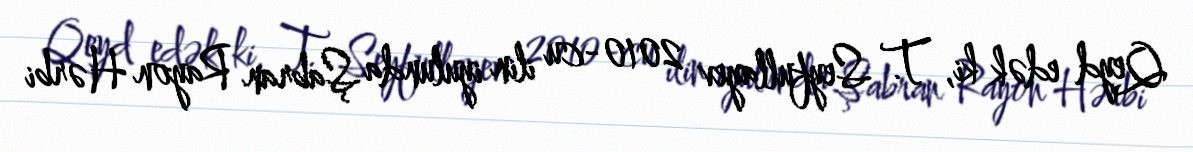
Qeyd edək ki, T. Seyfullayev 2010-cu ilin iyulunda Şabran Rayon Hərbi